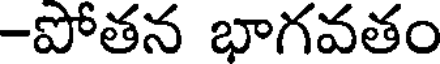
-పోతన భాగవతం